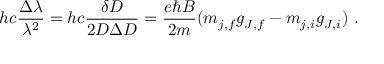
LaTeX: h c { \frac { \Delta \lambda } { \lambda ^ { 2 } } } = h c { \frac { \delta D } { 2 D \Delta D } } = { \frac { e \hbar B } { 2 m } } ( m _ { j , f } g _ { J , f } - m _ { j , i } g _ { J , i } ) \ .